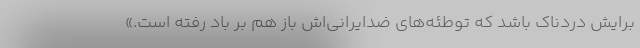
برایش دردناک باشد که توطئه‌های ضدایرانی‌اش باز هم بر باد رفته است.»